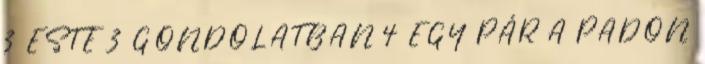
3 ESTE 3 GONDOLATBAN 4 EGY PÁR A PADON